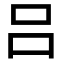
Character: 吕